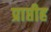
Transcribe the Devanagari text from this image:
प्राप्तीह